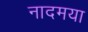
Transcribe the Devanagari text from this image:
नादमया